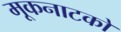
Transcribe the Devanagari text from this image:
मूकनाटकों